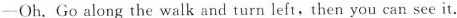
—Oh.Go along the walk and turn left,then you can see it.